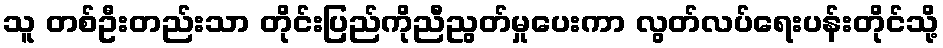
သူ တစ်ဦးတည်းသာ တိုင်းပြည်ကိုညီညွတ်မှုပေးကာ လွတ်လပ်ရေးပန်းတိုင်သို့